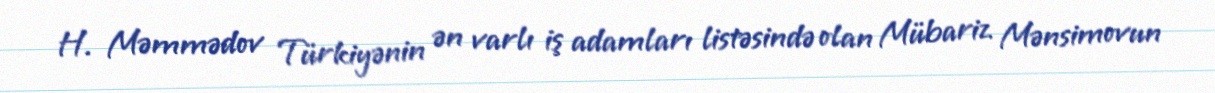
H. Məmmədov Türkiyənin ən varlı iş adamları listəsində olan Mübariz Mənsimovun